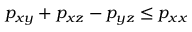
p _ { x y } + p _ { x z } - p _ { y z } \le p _ { x x }